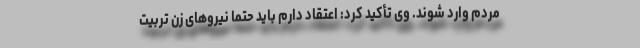
مردم وارد شوند. وی تأکید کرد: اعتقاد دارم باید حتماً نیروهای زن تربیت